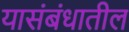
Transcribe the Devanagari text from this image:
यासंबंधातील